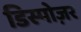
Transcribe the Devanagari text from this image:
डिस्पोज़र